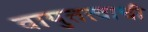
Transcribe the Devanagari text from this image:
वायुतत्वाची